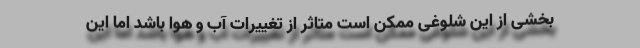
بخشی از این شلوغی ممکن است متاثر از تغییرات آب و هوا باشد اما این